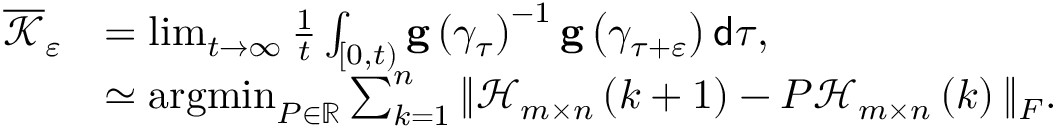
\begin{array} { r l } { \overline { { \mathcal { K } } } _ { \varepsilon } } & { = \operatorname* { l i m } _ { t \rightarrow \infty } \frac { 1 } { t } \int _ { \left[ 0 , t \right) } \mathbf { g } \left( \gamma _ { \tau } \right) ^ { - 1 } \mathbf { g } \left( \gamma _ { \tau + \varepsilon } \right) \mathsf { d } \tau , } \\ & { \simeq \operatorname * { a r g m i n } _ { P \in \mathbb { R } } \sum _ { k = 1 } ^ { n } \Vert \mathcal { H } _ { m \times n } \left( k + 1 \right) - P \mathcal { H } _ { m \times n } \left( k \right) \Vert _ { F } . } \end{array}